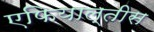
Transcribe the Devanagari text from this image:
एफियाल्तीस